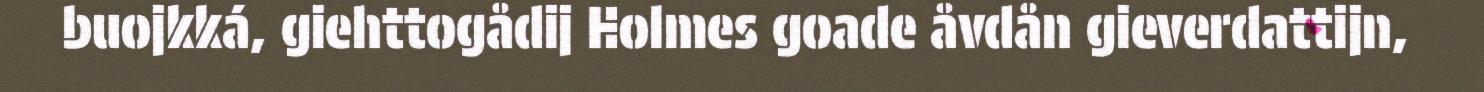
buojkká, giehttogådij Holmes goade åvdån gieverdattijn,